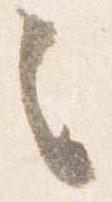
之